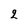
Character: 2